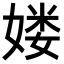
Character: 𡞱